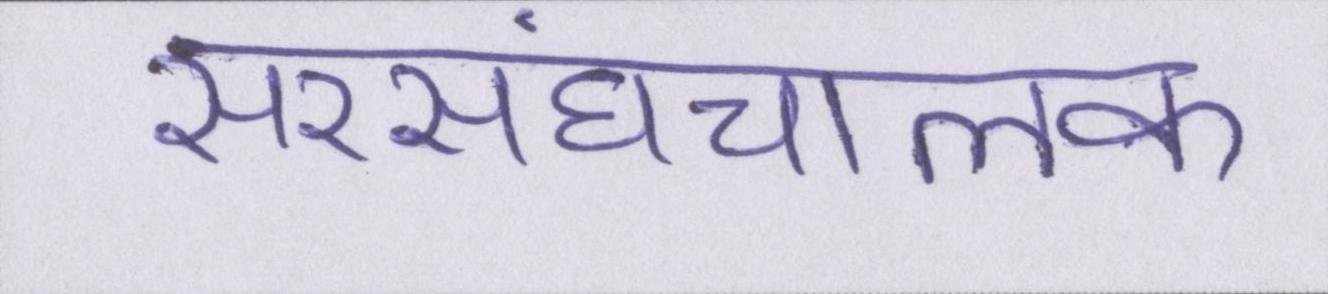
सरसंघचालक